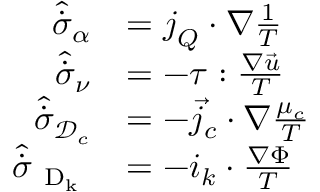
\begin{array} { r l } { \hat { \dot { \sigma } } _ { \alpha } } & { = \boldsymbol { j } _ { Q } \cdot { \nabla } { \frac { 1 } { T } } } \\ { \hat { \dot { \sigma } } _ { \nu } } & { = - \boldsymbol { \tau } : \frac { \nabla \vec { u } } { T } } \\ { \hat { \dot { \sigma } } _ { \mathcal { D } _ { c } } } & { = - { \vec { j } _ { c } } \cdot { \nabla } \frac { \mu _ { c } } { T } } \\ { \hat { \dot { \sigma } } _ { \mathrm { ~ D _ k ~ } } } & { = - \boldsymbol { i } _ { k } \cdot \frac { \nabla \Phi } { T } } \end{array}